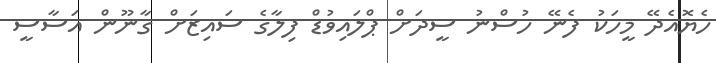
ހެޔޮއެދޭ މީހަކު ފެނޭ ހުސްނު ސީދަށް ޕްލައިވުޑް ފިލާގެ ސައިޒަށް ގާނޫން އަސާސީ